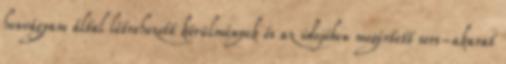
honvágyam által létrehozott körülmények és az idejében megértett sors-akarat